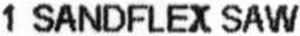
1 SANDFLEX SAW